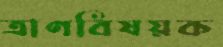
ত্রাণবিষয়ক